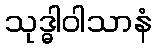
သုဒ္ဓါဝါသာနံ